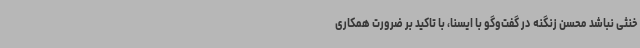
خنثی نباشد محسن زنگنه در گفت‌وگو با ایسنا، با تاکید بر ضرورت همکاری